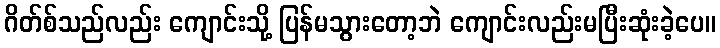
ဂိတ်စ်သည်လည်း ကျောင်းသို့ ပြန်မသွားတော့ဘဲ ကျောင်းလည်းမပြီးဆုံးခဲ့ပေ။